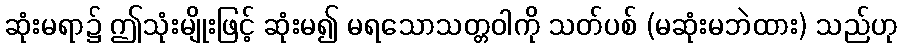
ဆုံးမရာ၌ ဤသုံးမျိုးဖြင့် ဆုံးမ၍ မရသောသတ္တဝါကို သတ်ပစ် (မဆုံးမဘဲထား) သည်ဟု